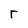
Character: r